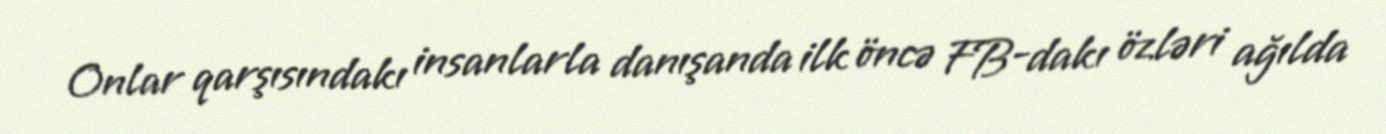
Onlar qarşısındakı insanlarla danışanda ilk öncə FB-dakı özləri ağılda